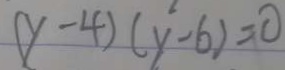
( y - 4 ) ( y ^ { 2 } - 6 ) = 0